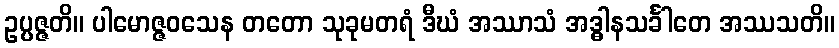
ဥပ္ပဇ္ဇတိ။ ပါမောဇ္ဇဝသေန တတော သုခုမတရံ ဒီဃံ အဿာသံ အဒ္ဓါနသင်္ခါတေ အဿသတိ။